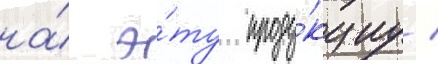
на́ э́ту проду́кциу /